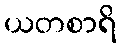
ယတစာရိ